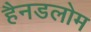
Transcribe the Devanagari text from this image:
हैनडलोम